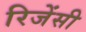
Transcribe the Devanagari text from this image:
रिजेंसी